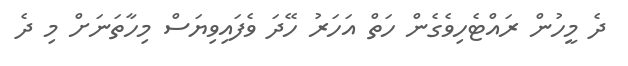
ދެ މީހުން ރައްޓެހިވެގެން ހަތް އަހަރު ހޭދަ ވެފައިވިޔަސް މިހާތަނަށް މި ދެ